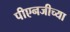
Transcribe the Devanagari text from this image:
पीएनजीच्या